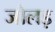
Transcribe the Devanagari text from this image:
जोलड़